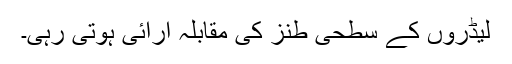
لیڈروں کے سطحی طنز کی مقابلہ آرائی ہوتی رہی۔